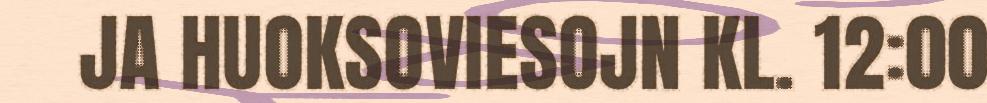
JA HUOKSOVIESOJN KL. 12:00